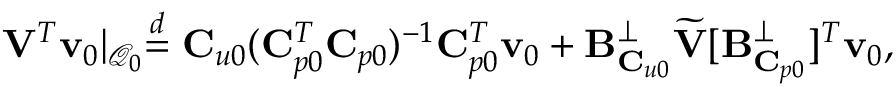
\mathbf { V } ^ { T } \mathbf { v } _ { 0 } \lvert _ { \mathcal { Q } _ { 0 } } \stackrel { d } { = } \mathbf { C } _ { u 0 } ( \mathbf { C } _ { p 0 } ^ { T } \mathbf { C } _ { p 0 } ) ^ { - 1 } \mathbf { C } _ { p 0 } ^ { T } \mathbf { v } _ { 0 } + \mathbf { B } _ { \mathbf { C } _ { u 0 } } ^ { \perp } \widetilde { \mathbf { V } } [ \mathbf { B } _ { \mathbf { C } _ { p 0 } } ^ { \perp } ] ^ { T } \mathbf { v } _ { 0 } ,